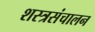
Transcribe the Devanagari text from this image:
शस्त्रसंचालन